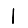
Digit: 1